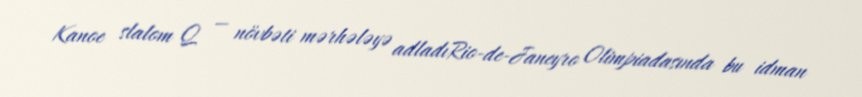
Kanoe slalom Q — növbəti mərhələyə adladıRio-de-Janeyro Olimpiadasında bu idman